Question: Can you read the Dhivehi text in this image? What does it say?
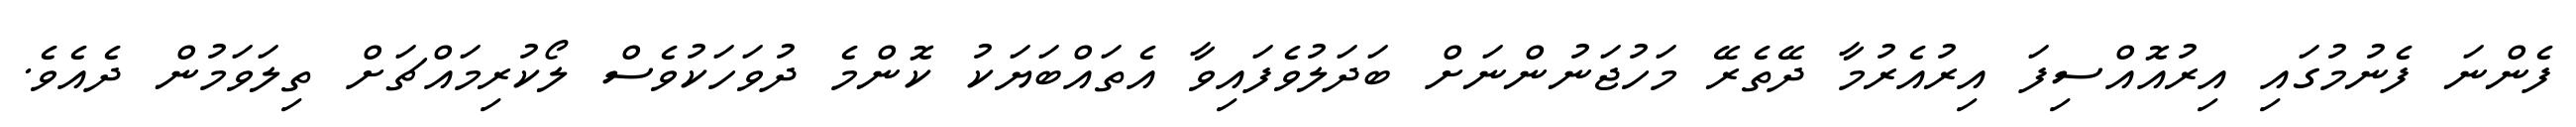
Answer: ފެންނަ ފެނުމުގައި އިރުއޮއްސިފަ އިރުއެރުމާ ދޭތެރޭ މަހުޖަނުންނަށް ބަދަލުވެފައިވާ އެތައްބަޔަކު ކޮންމެ ދުވަހަކުވެސް ލޯކުރިމައްޗަށް ތިލަވަމުން ދެއެވެ.